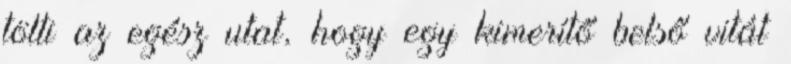
tölti az egész utat, hogy egy kimerítő belső vitát